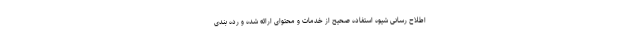
اطلاح رسانی شیوه استفاده صحیح از خدمات و محتوای ارائه شده و رده بندی